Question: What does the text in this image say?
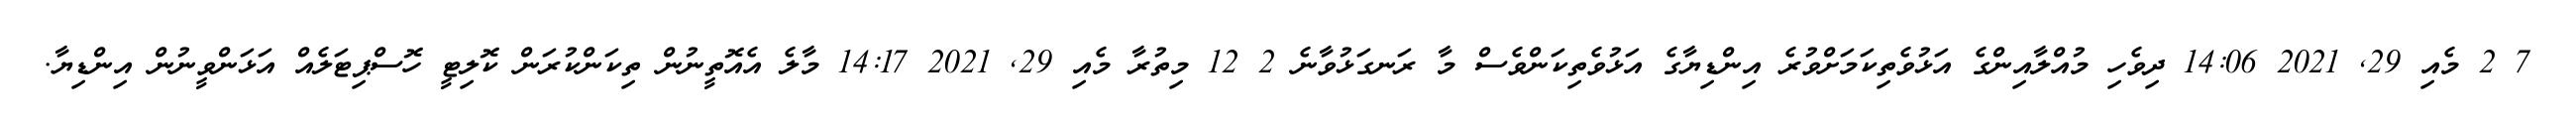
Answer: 7 2 މެއި 29, 2021 14:06 ދިވެހި މުއްލާއިންގެ އަޅުވެތިކަމަށްވުރެ އިންޑިޔާގެ އަޅުވެތިކަންވެސް މާ ރަނގަޅުވާނެ 2 12 މިތުރާ މެއި 29, 2021 14:17 މާލެ އެއޮތީނުން ތިކަންކުރަން ކޮލިޓީ ހޮސްޕިޓަލެއް އަޅަންވީނުން އިންޑިޔާ.